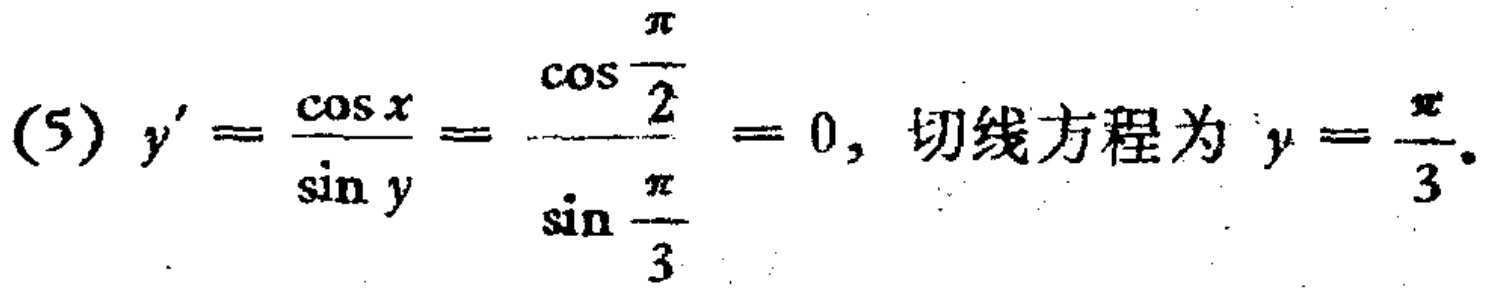
(5) $y^{\prime}=\frac{\cos x}{\sin y}=\frac{\cos \frac{\pi}{2}}{\sin \frac{\pi}{3}} = 0$, 切线方程为 $y=\frac{\pi}{3}$.